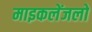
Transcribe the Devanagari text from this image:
माइकलेंजलो